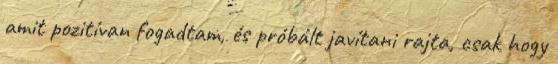
amit pozitívan fogadtam, és próbált javítani rajta, csak hogy